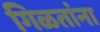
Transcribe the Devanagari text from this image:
गिळतांना